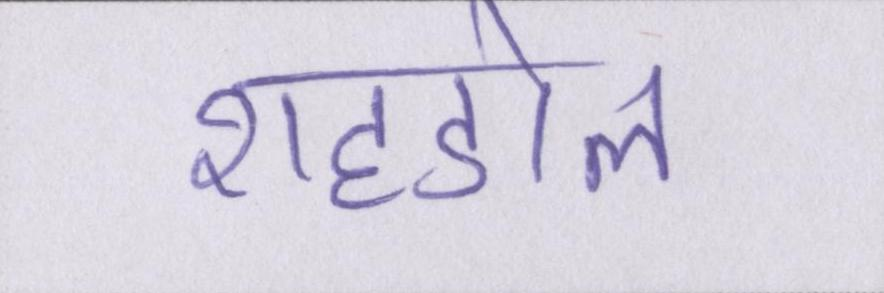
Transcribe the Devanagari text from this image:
शहडोल